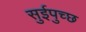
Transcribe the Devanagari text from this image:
सुईपुच्छ